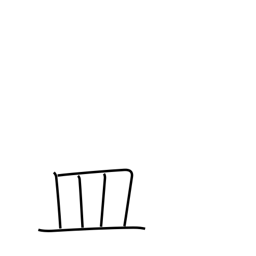
Meaning: dish